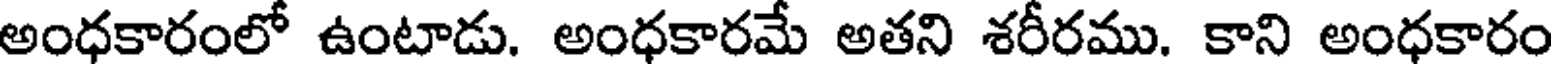
అంధకారంలో ఉంటాడు. అంధకారమే అతని శరీరము. కాని అంధకారం